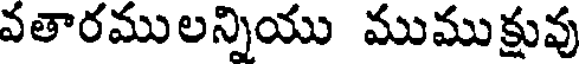
వతారములన్నియు ముముక్షువు